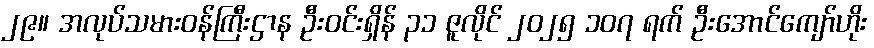
၂၉။ အလုပ်သမားဝန်ကြီးဌာန ဦးဝင်းရှိန် ၃၁ ဇူလိုင် ၂၀၂၅ ၁၀၇ ရက် ဦးအောင်ကျော်ဟိုး